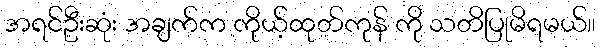
အရင်ဦးဆုံး အချက်က ကိုယ့်ထုတ်ကုန် ကို သတိပြုမိရမယ်။